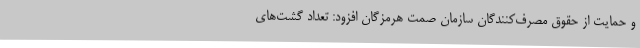
و حمایت از حقوق مصرف‌کنندگان سازمان صمت هرمزگان افزود: تعداد گشت‌های